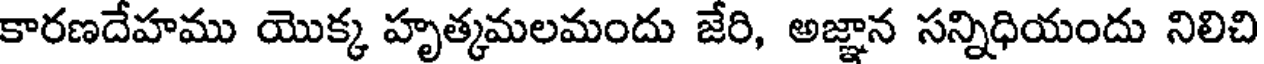
కారణదేహము యొక్క హృత్కమలమందు జేరి, అజ్ఞాన సన్నిధియందు నిలిచి